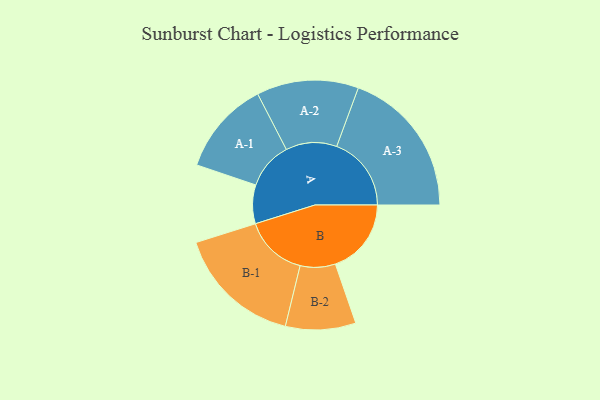
{"axis": {"x": "Segment", "y": "Value"}, "legend": ["", "A", "B"], "data": [{"x": "A", "y": 149, "type": ""}, {"x": "B", "y": 292, "type": ""}, {"x": "A-1", "y": 181, "type": "A"}, {"x": "A-2", "y": 196, "type": "A"}, {"x": "A-3", "y": 287, "type": "A"}, {"x": "B-1", "y": 242, "type": "B"}, {"x": "B-2", "y": 135, "type": "B"}]}